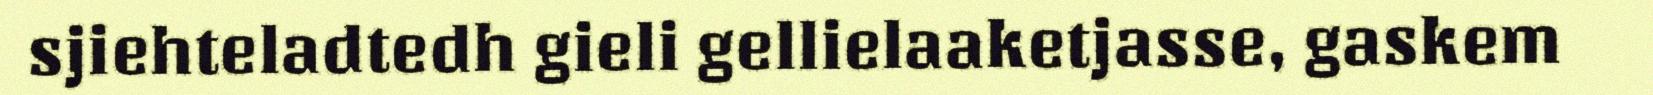
sjiehteladtedh gieli gellielaaketjasse, gaskem